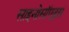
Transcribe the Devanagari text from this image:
साइनोसॉएड्स